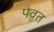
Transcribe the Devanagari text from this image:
पवत